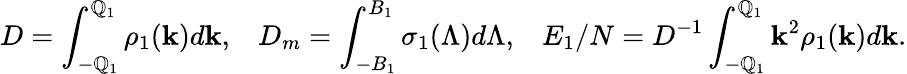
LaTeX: D=\int_{-\mathbb{Q}_{1}}^{\mathbb{Q}_{1}}{\rho_{1}(\mathbf{k})d\mathbf{k}},\; \; \; D_{m}=\int_{-B_{1}}^{B_{1}}{\sigma_{1}(\Lambda)d\Lambda},\; \; \; E_{1}/N=D^{-1}\int_{-\mathbb{Q}_{1}}^{\mathbb{Q}_{1}}{\mathbf{k}^{2}\rho_{1}(\mathbf{k})d\mathbf{k}}.